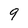
Character: 9